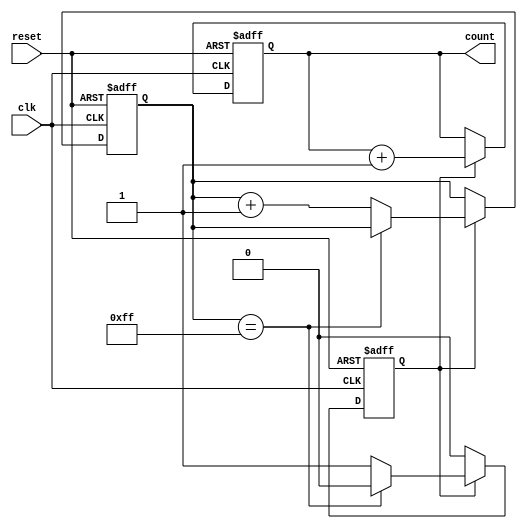
module generate_while_loop(
    input wire clk,
    input wire reset,
    output reg [7:0] count
);

reg condition;
reg [7:0] iterations;

always @ (posedge clk or posedge reset) begin
    if (reset) begin
        condition <= 1'b1;
        iterations <= 8'b00000000;
        count <= 8'b00000000;
    end else begin
        if (condition) begin
            // Perform operations here
            count <= count + 1;
            
            if (iterations == 8'b11111111) begin
                condition <= 1'b0;
            end else begin
                iterations <= iterations + 1;
            end
        end
    end
end

endmodule